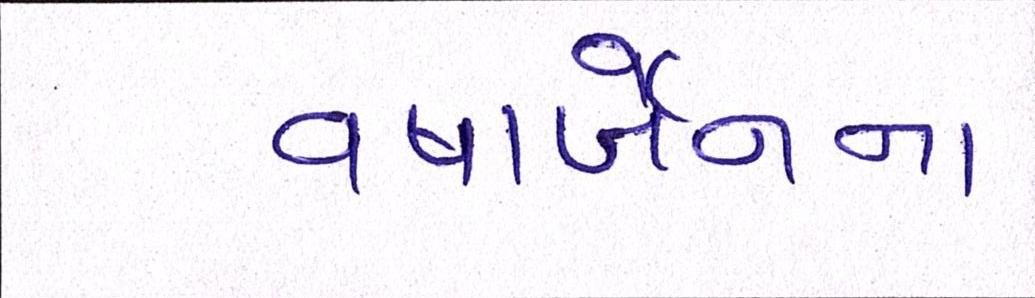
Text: વષાર્બેનના